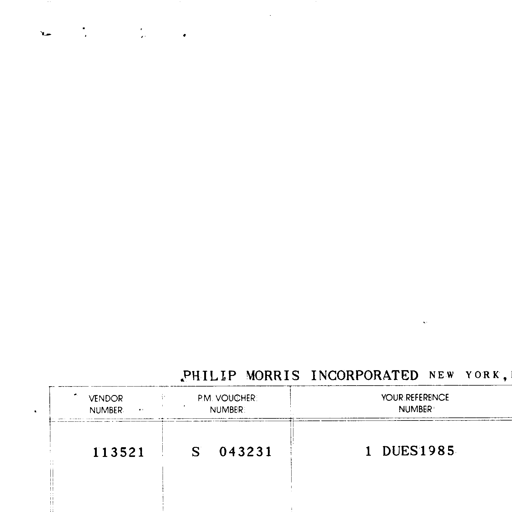
PHILIP MORRIS INCORPORATED NEW YORK,
VENDOR NUMBER PM VOUCHER NUMBER YOUR REFERENCE NUMBER
113521 S 043231 1 DUES1985